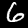
Digit: 6